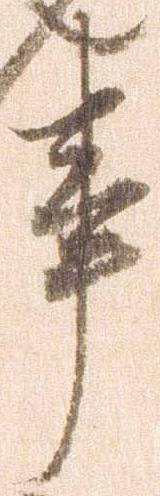
事